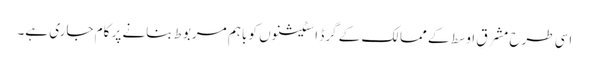
اسی طرح مشرقِ اوسط کے ممالک کے گرڈ اسٹیشنوں کو باہم مربوط بنانے پر کام جاری ہے۔